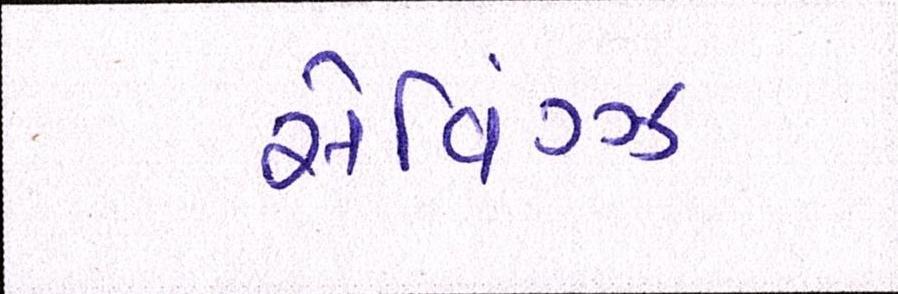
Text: સેવિંગ્ઝ